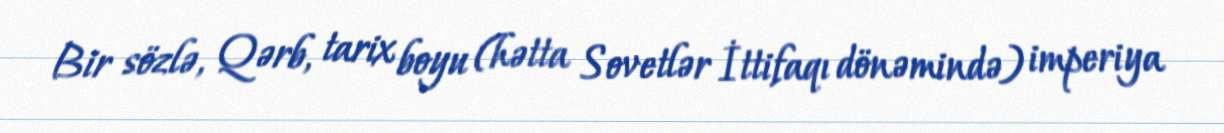
Bir sözlə, Qərb, tarix boyu (hətta Sovetlər İttifaqı dönəmində) imperiya